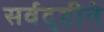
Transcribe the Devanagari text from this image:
सर्वदृष्टीने